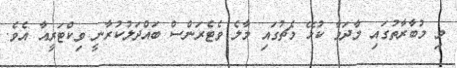
މި މުބާރާތުގައި މާދަމާ ކުޅޭ މެޗުގައި މާލެ ވެޓެރަންސް ބައްދަލުކުރާނީ ވިކްޓަރީއާ އެވެ.